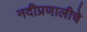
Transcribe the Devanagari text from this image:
नदीप्रणालीचे